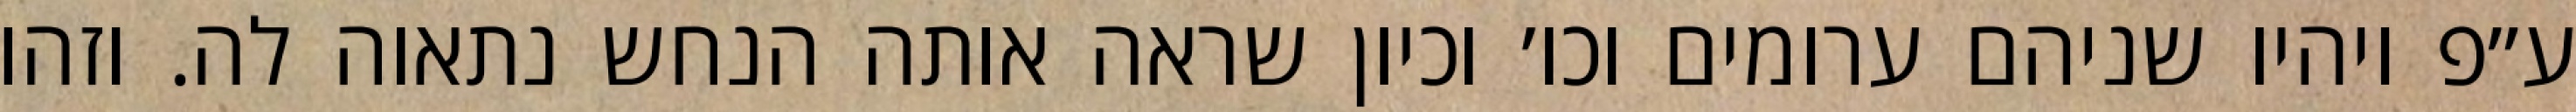
ע״פ ויהיו שניהם ערומים וכו׳ וכיון שראה אותה הנחש נתאוה לה. וזהו